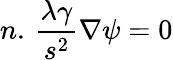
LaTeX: n.\, \frac{{\lambda\gamma}}{{{s^{2}}}}\nabla\psi=0